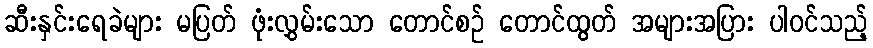
ဆီးနှင်းရေခဲများ မပြတ် ဖုံးလွှမ်းသော တောင်စဉ် တောင်ထွတ် အများအပြား ပါဝင်သည့်